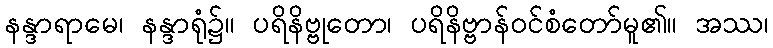
နန္ဒာရာမေ၊ နန္ဒာရုံ၌။ ပရိနိဗ္ဗုတော၊ ပရိနိဗ္ဗာန်ဝင်စံတော်မူ၏။ အဿ၊